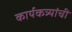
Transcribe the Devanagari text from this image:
कार्यकत्र्यांची